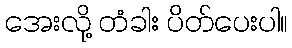
အေးလို့ တံခါး ပိတ်ပေးပါ။